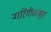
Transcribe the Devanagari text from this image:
नारिंगीतांबूस